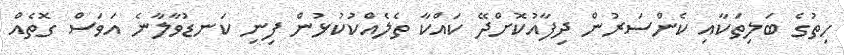
ހިތުގެ ބަލިތަކާއި ކެންސަރުން ދިފާއުކޮށްދޭ ކައްކާ ތެލެއްކުކުޅުން ފިނި ކަނޑުވާލާނެ އަވަސް ގޮތެއް